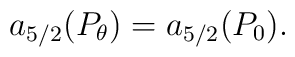
a_{5/2}(P_\theta)=a_{5/2}(P_0).